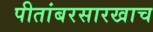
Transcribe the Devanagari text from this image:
पीतांबरसारखाच